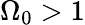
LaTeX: \Omega_{0}>1